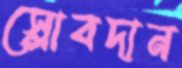
স্লোবদান